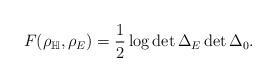
LaTeX: \begin{align*}F(\rho_{\mathbb H},\rho_E) = \frac{1}{2}\log\det\Delta_{E}\det\Delta_0.\end{align*}